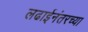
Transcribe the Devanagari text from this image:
लढाईनंतरच्या